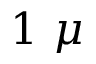
1 ~ \mu